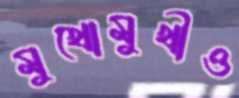
মুখোমুখীও